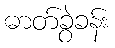
ဓာတ်ခွဲခန်း